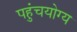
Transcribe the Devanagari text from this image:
पहुंचयोग्य